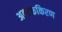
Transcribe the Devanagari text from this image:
अवरक्तकिरण